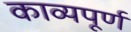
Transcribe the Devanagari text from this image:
काव्यपूर्ण